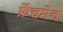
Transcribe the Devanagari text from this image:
फ्रेंचमेन